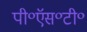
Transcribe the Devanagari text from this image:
पी॰ऍस॰टी॰